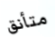
متأنق